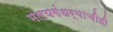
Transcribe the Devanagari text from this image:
मलयगंधर्वाचीही